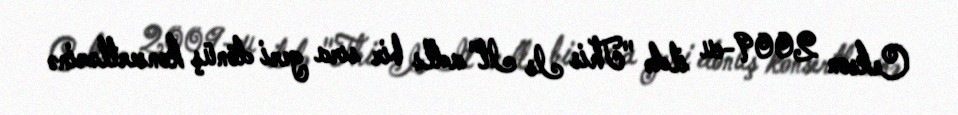
Cekson 2009-cu ildə "This Is It" adlı bir sıra geri dönüş konsertlərinə